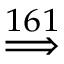
\stackrel { 1 6 1 } { \implies }